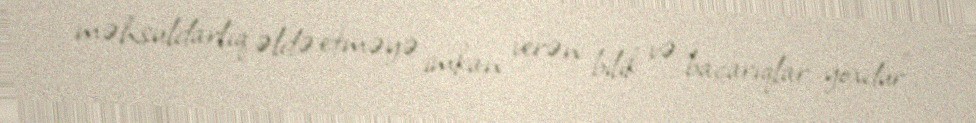
məhsuldarlıq əldə etməyə imkan verən bilik və bacarıqlar yoxdur”.